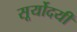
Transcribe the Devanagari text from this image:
सूर्योदयीं